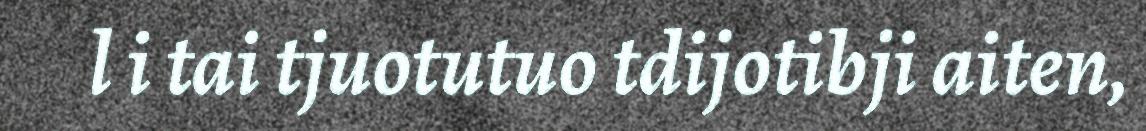
l i tai tjuotutuo tdijotibji aiten,